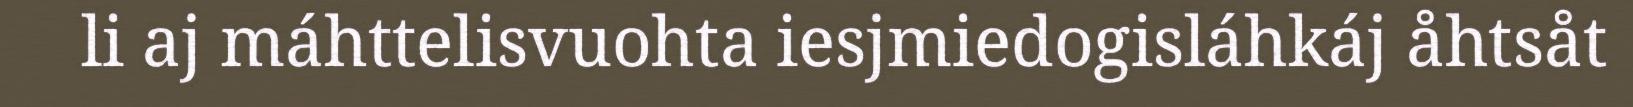
li aj máhttelisvuohta iesjmiedogisláhkáj åhtsåt